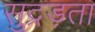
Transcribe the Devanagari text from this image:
सुद्रड़ता